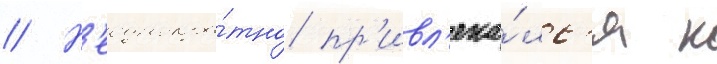
// Н'еоднокра́тно пр'ивл'ека́лс'я к